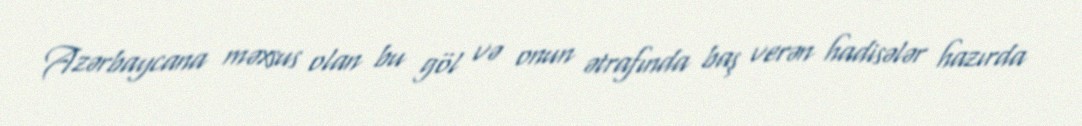
Azərbaycana məxsus olan bu göl və onun ətrafında baş verən hadisələr hazırda